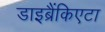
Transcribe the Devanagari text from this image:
डाइब्रैंकिएटा